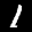
Label: 1